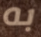
به